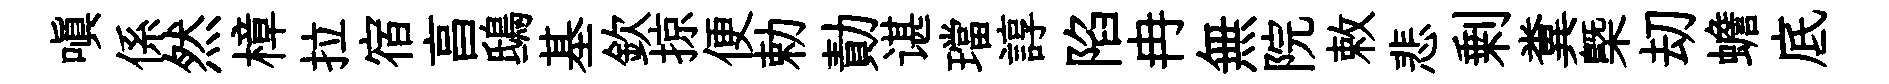
嗔係然樟拉宿亯鴟基欽掠便勅勣谌璫諄陷冉無院敕悲剰糞㮣刧蟾底